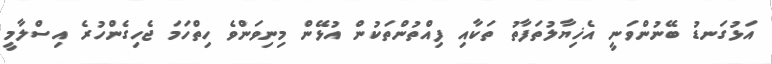
އަޅުގަނޑު ބޭނުންވަނީ އެޚިޔާލުތަފާތު ތަކާއި ފިއްތުންތަކުން އުޅޭން މިނިވަންވެ ހިތްހަމަ ޖެހިގެންހުރެ އިސްލާމީ